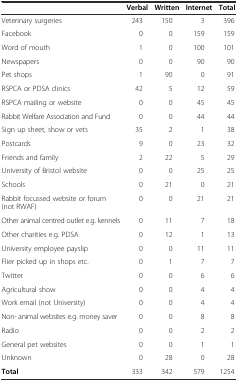
<table><thead><tr><td></td><td><b>Verbal</b></td><td><b>Written</b></td><td><b>Internet</b></td><td><b>Total</b></td></tr></thead><tbody><tr><td>Veterinary surgeries</td><td>243</td><td>150</td><td>3</td><td>396</td></tr><tr><td>Facebook</td><td>0</td><td>0</td><td>159</td><td>159</td></tr><tr><td>Word of mouth</td><td>1</td><td>0</td><td>100</td><td>101</td></tr><tr><td>Newspapers</td><td>0</td><td>0</td><td>90</td><td>90</td></tr><tr><td>Pet shops</td><td>1</td><td>90</td><td>0</td><td>91</td></tr><tr><td>RSPCA or PDSA clinics</td><td>42</td><td>5</td><td>12</td><td>59</td></tr><tr><td>RSPCA mailing or website</td><td>0</td><td>0</td><td>45</td><td>45</td></tr><tr><td>Rabbit Welfare Association and Fund</td><td>0</td><td>0</td><td>44</td><td>44</td></tr><tr><td>Sign up sheet, show or vets</td><td>35</td><td>2</td><td>1</td><td>38</td></tr><tr><td>Postcards</td><td>9</td><td>0</td><td>23</td><td>32</td></tr><tr><td>Friends and family</td><td>2</td><td>22</td><td>5</td><td>29</td></tr><tr><td>University of Bristol website</td><td>0</td><td>0</td><td>25</td><td>25</td></tr><tr><td>Schools</td><td>0</td><td>21</td><td>0</td><td>21</td></tr><tr><td>Rabbit focussed website or forum (not RWAF)</td><td>0</td><td>0</td><td>21</td><td>21</td></tr><tr><td>Other animal centred outlet e.g. kennels</td><td>0</td><td>11</td><td>7</td><td>18</td></tr><tr><td>Other charities e.g. PDSA</td><td>0</td><td>12</td><td>1</td><td>13</td></tr><tr><td>University employee payslip</td><td>0</td><td>0</td><td>11</td><td>11</td></tr><tr><td>Flier picked up in shops etc.</td><td>0</td><td>1</td><td>7</td><td>7</td></tr><tr><td>Twitter</td><td>0</td><td>0</td><td>6</td><td>6</td></tr><tr><td>Agricultural show</td><td>0</td><td>0</td><td>4</td><td>4</td></tr><tr><td>Work email (not University)</td><td>0</td><td>0</td><td>4</td><td>4</td></tr><tr><td>Non- animal websites e.g. money saver</td><td>0</td><td>0</td><td>8</td><td>8</td></tr><tr><td>Radio</td><td>0</td><td>0</td><td>2</td><td>2</td></tr><tr><td>General pet websites</td><td>0</td><td>0</td><td>1</td><td>1</td></tr><tr><td>Unknown</td><td>0</td><td>28</td><td>0</td><td>28</td></tr><tr><td><b>Total</b></td><td>333</td><td>342</td><td>579</td><td>1254</td></tr></tbody></table>